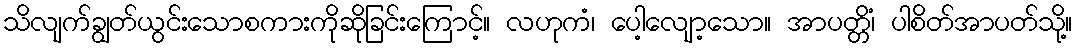
သိလျက်ချွတ်ယွင်းသောစကားကိုဆိုခြင်းကြောင့်။ လဟုကံ၊ ပေါ့လျော့သော။ အာပတ္တိံ၊ ပါစိတ်အာပတ်သို့။